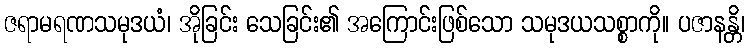
ဇရာမရဏသမုဒယံ၊ အိုခြင်း သေခြင်း၏ အကြောင်းဖြစ်သော သမုဒယသစ္စာကို။ ပဇာနန္တိ၊